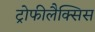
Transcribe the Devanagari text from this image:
ट्रोफीलैक्सिस